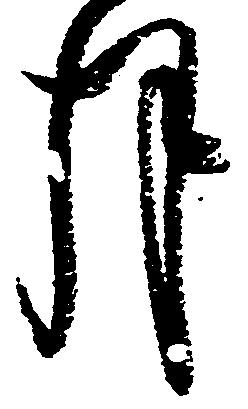
月